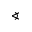
\sphericalangle